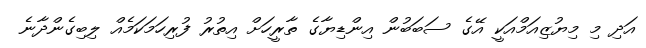
އަދި މި މިޔުޒިއަމްއަކީ އޭގެ ސަބަބުން އިންޑިޔާގެ ތާރީހަށް އިތުރު ފުރިހަމަކަމެއް ލިބިގެންދާނެ